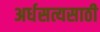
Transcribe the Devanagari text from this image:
अर्धसत्यसाठी